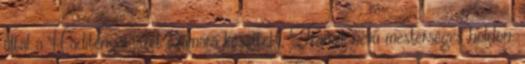
által a Haditengerészet számára készített, Transit nevű mesterséges holdon.